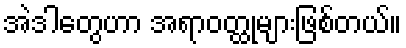
အဲဒါတွေဟာ အရာဝတ္ထုများဖြစ်တယ်။